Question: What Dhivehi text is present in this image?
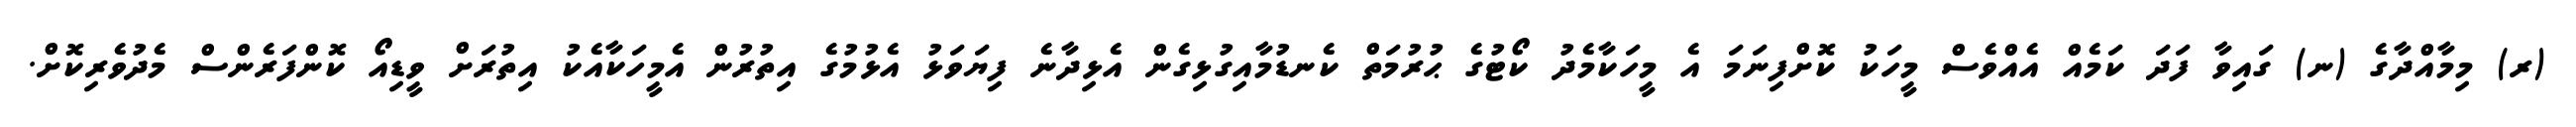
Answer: (ރ) މިމާއްދާގެ (ނ) ގައިވާ ފަދަ ކަމެއް އެއްވެސް މީހަކު ކޮށްފިނަމަ އެ މީހަކާމެދު ކޯޓުގެ ޙުރުމަތް ކެނޑުމާއިގުޅިގެން އެޅިދާނެ ފިޔަވަޅު އެޅުމުގެ އިތުރުން އެމީހަކާއެކު އިތުރަށް ވީޑިއޯ ކޮންފަރެންސް މެދުވެރިކޮށް.